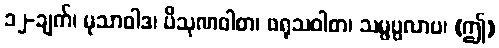
၁၂-ချက်၊ မုသာဝါဒ၊ ပိသုဏဝါစာ၊ ဖရုသဝါစာ၊ သမ္ဖပ္ပလာပ၊ (ဤ)